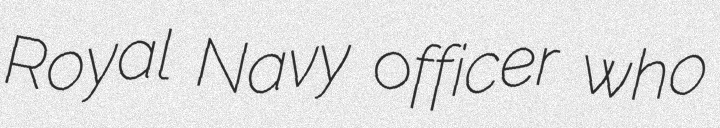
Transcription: Royal Navy officer who